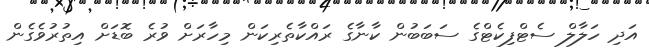
އަދި ހަލާލް ސެޓްފިކެޓްގެ ސަބަބުން ކާނާގެ ރައްކާތެރިކަން މިހާރަށް ވުރެ ބޮޑަށް އިތުރުވެގެން